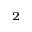
^ 2